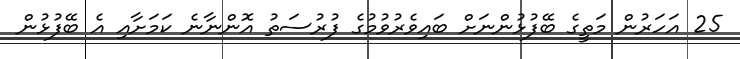
25 އަހަރުން މަތީގެ ބޭފުޅުންނަށް ބައިވެރުވުމުގެ ފުރުސަތު އޮންނާނެ ކަމަށާއި އެ ބޭފުޅުން